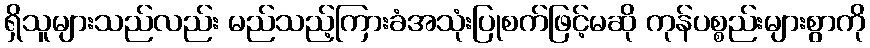
ရှိသူများသည်လည်း မည်သည့်ကြားခံအသုံးပြုစက်ဖြင့်မဆို ကုန်ပစ္စည်းများစွာကို